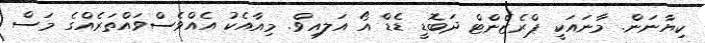
ކިޔާނަން. މާނައަކީ ޕްރެޒެންޓް ދަބޮޑީ ޑެޑް އޯ އަލއިވް. މިއާއެކު އެއްވެސްވައްތަރެއްގެ މަސް